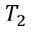
T _ { 2 }